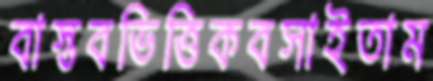
বাস্তবভিত্তিকবসাইতাম